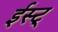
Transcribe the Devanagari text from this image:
ईस्ट्